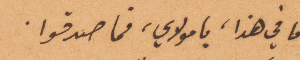
اما في هذا، يا مولاي، فما صدقوا